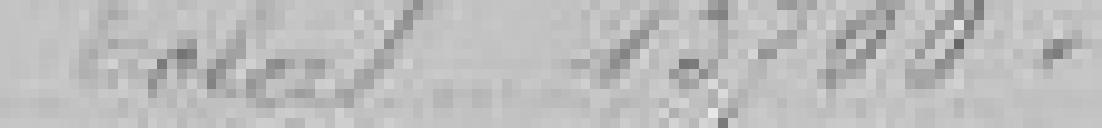
Total 13700